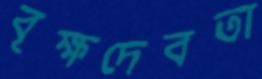
বৃক্ষদেবতা